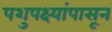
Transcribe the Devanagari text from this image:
पशुपक्ष्यांपासून